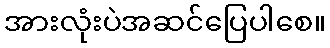
အားလုံးပဲအဆင်ပြေပါစေ။